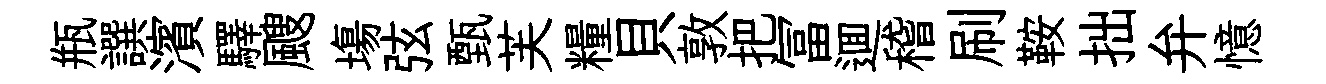
瓶譔濱驛颼塲弦甄芙糧貝敦把冨逥稽刷鞍拙弁憶